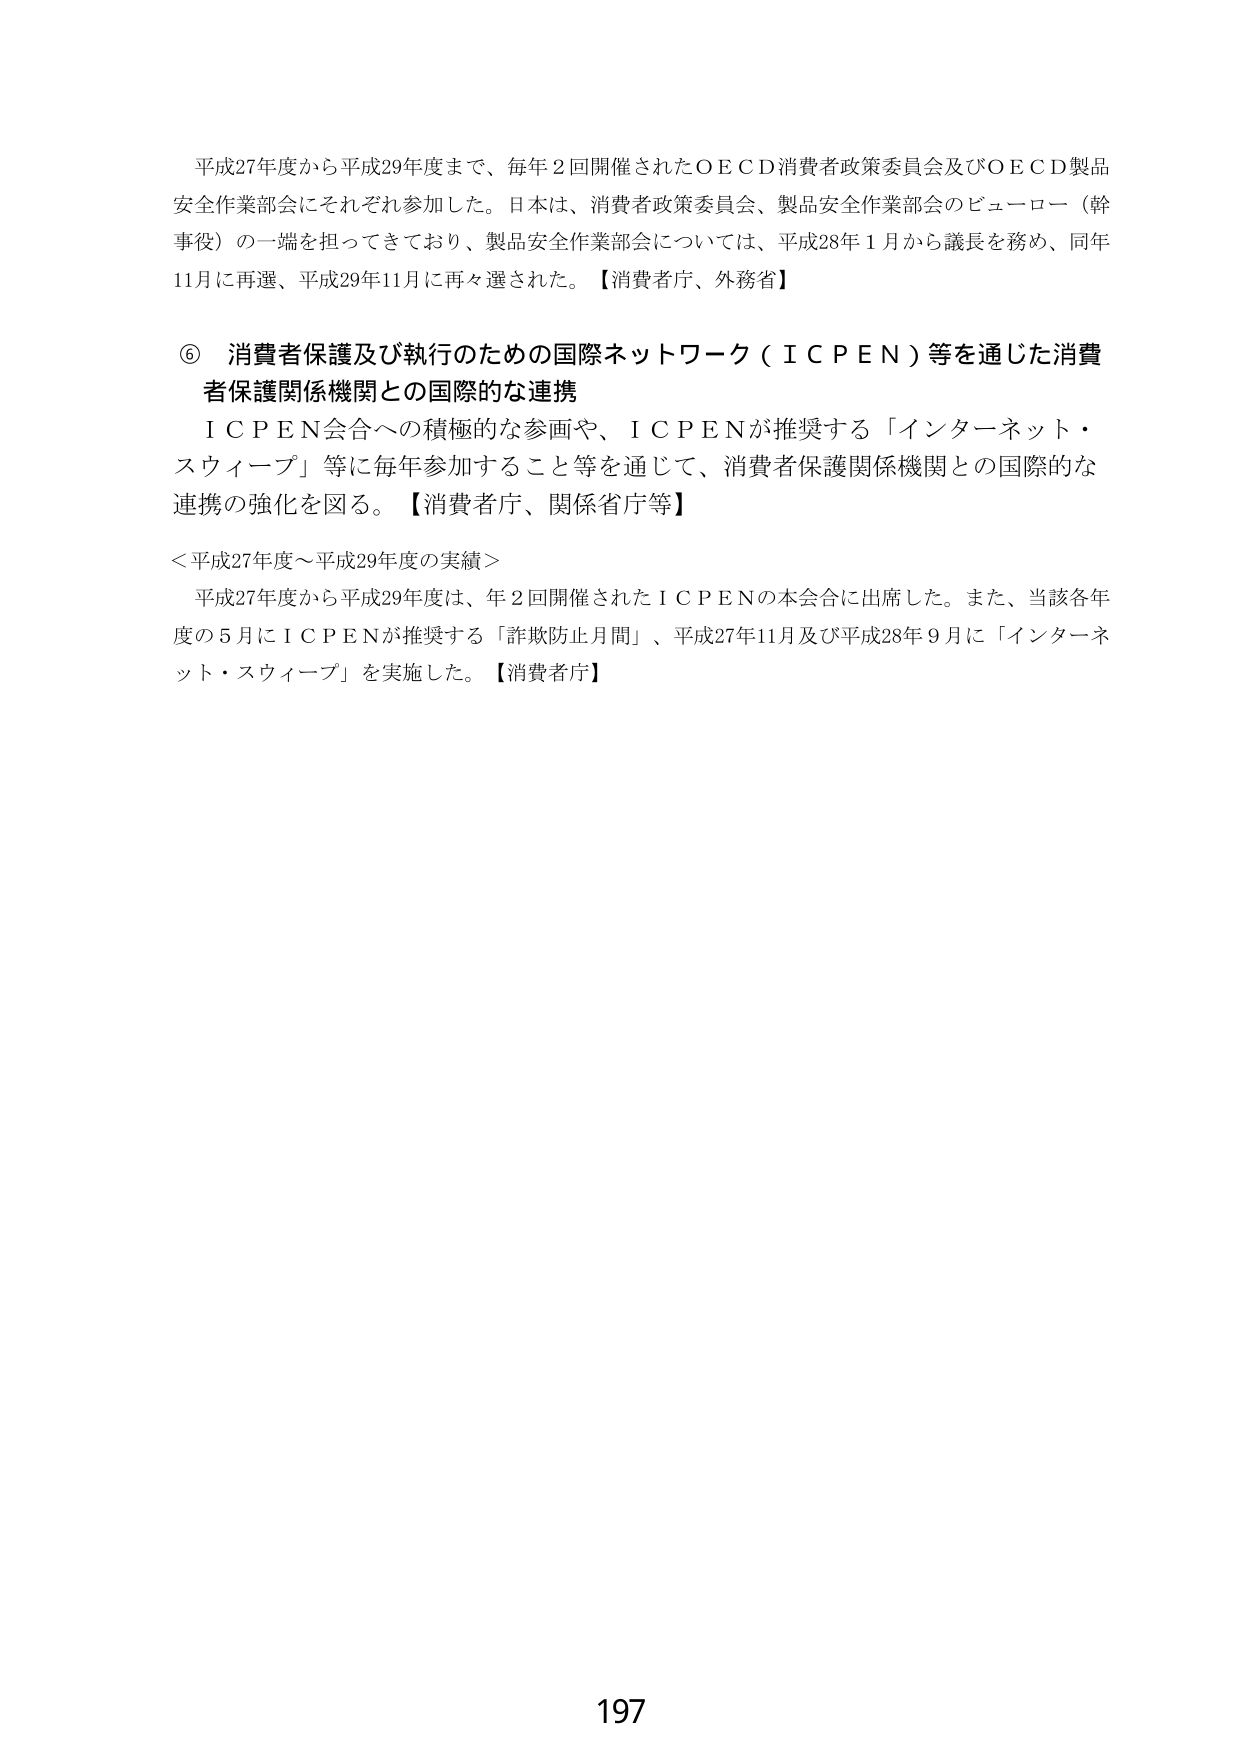
平成27年度から平成29年度まで、毎年２回開催されたＯＥＣＤ消費者政策委員会及びＯＥＣＤ製品安全作業部会にそれぞれ参加した。日本は、消費者政策委員会、製品安全作業部会のビューロー（幹事役）の一端を担ってきており、製品安全作業部会については、平成28年１月から議長を務め、同年11月に再選、平成29年11月に再々選された。【消費者庁、外務省】

⑥ 消費者保護及び執行のための国際ネットワーク（ＩＣＰＥＮ）等を通じた消費者保護関係機関との国際的な連携
ＩＣＰＥＮ会合への積極的な参画や、ＩＣＰＥＮが推奨する「インターネット・スウィープ」等に毎年参加すること等を通じて、消費者保護関係機関との国際的な連携の強化を図る。【消費者庁、関係省庁等】

＜平成27年度～平成29年度の実績＞
平成27年度から平成29年度は、年２回開催されたＩＣＰＥＮの本会合に出席した。また、当該各年度の５月にＩＣＰＥＮが推奨する「詐欺防止月間」、平成27年11月及び平成28年９月に「インターネット・スウィープ」を実施した。【消費者庁】

197